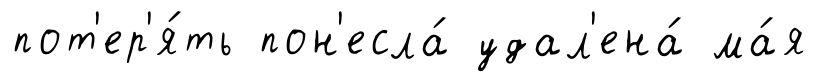
пот'ер'я́ть пон'есла́ удал'ена́ ма́я